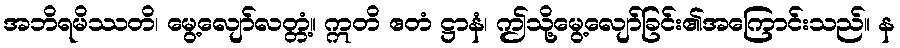
အဘိရမိဿတိ၊ မွေ့လျော်လတ္တံ့။ ဣတိ ဧတံ ဋ္ဌာနံ၊ ဤသို့မွေ့လျော်ခြင်း၏အကြောင်းသည်။ န